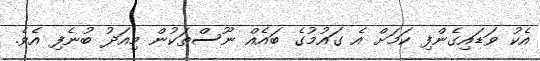
އެކު ވަޑައިގެންފި ކަމަށް އެ ގައުމުގެ ބައެއް ނޫސްތަކުން މިއަދު ބުނެފި އެވެ.